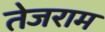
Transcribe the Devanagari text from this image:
तेजराम